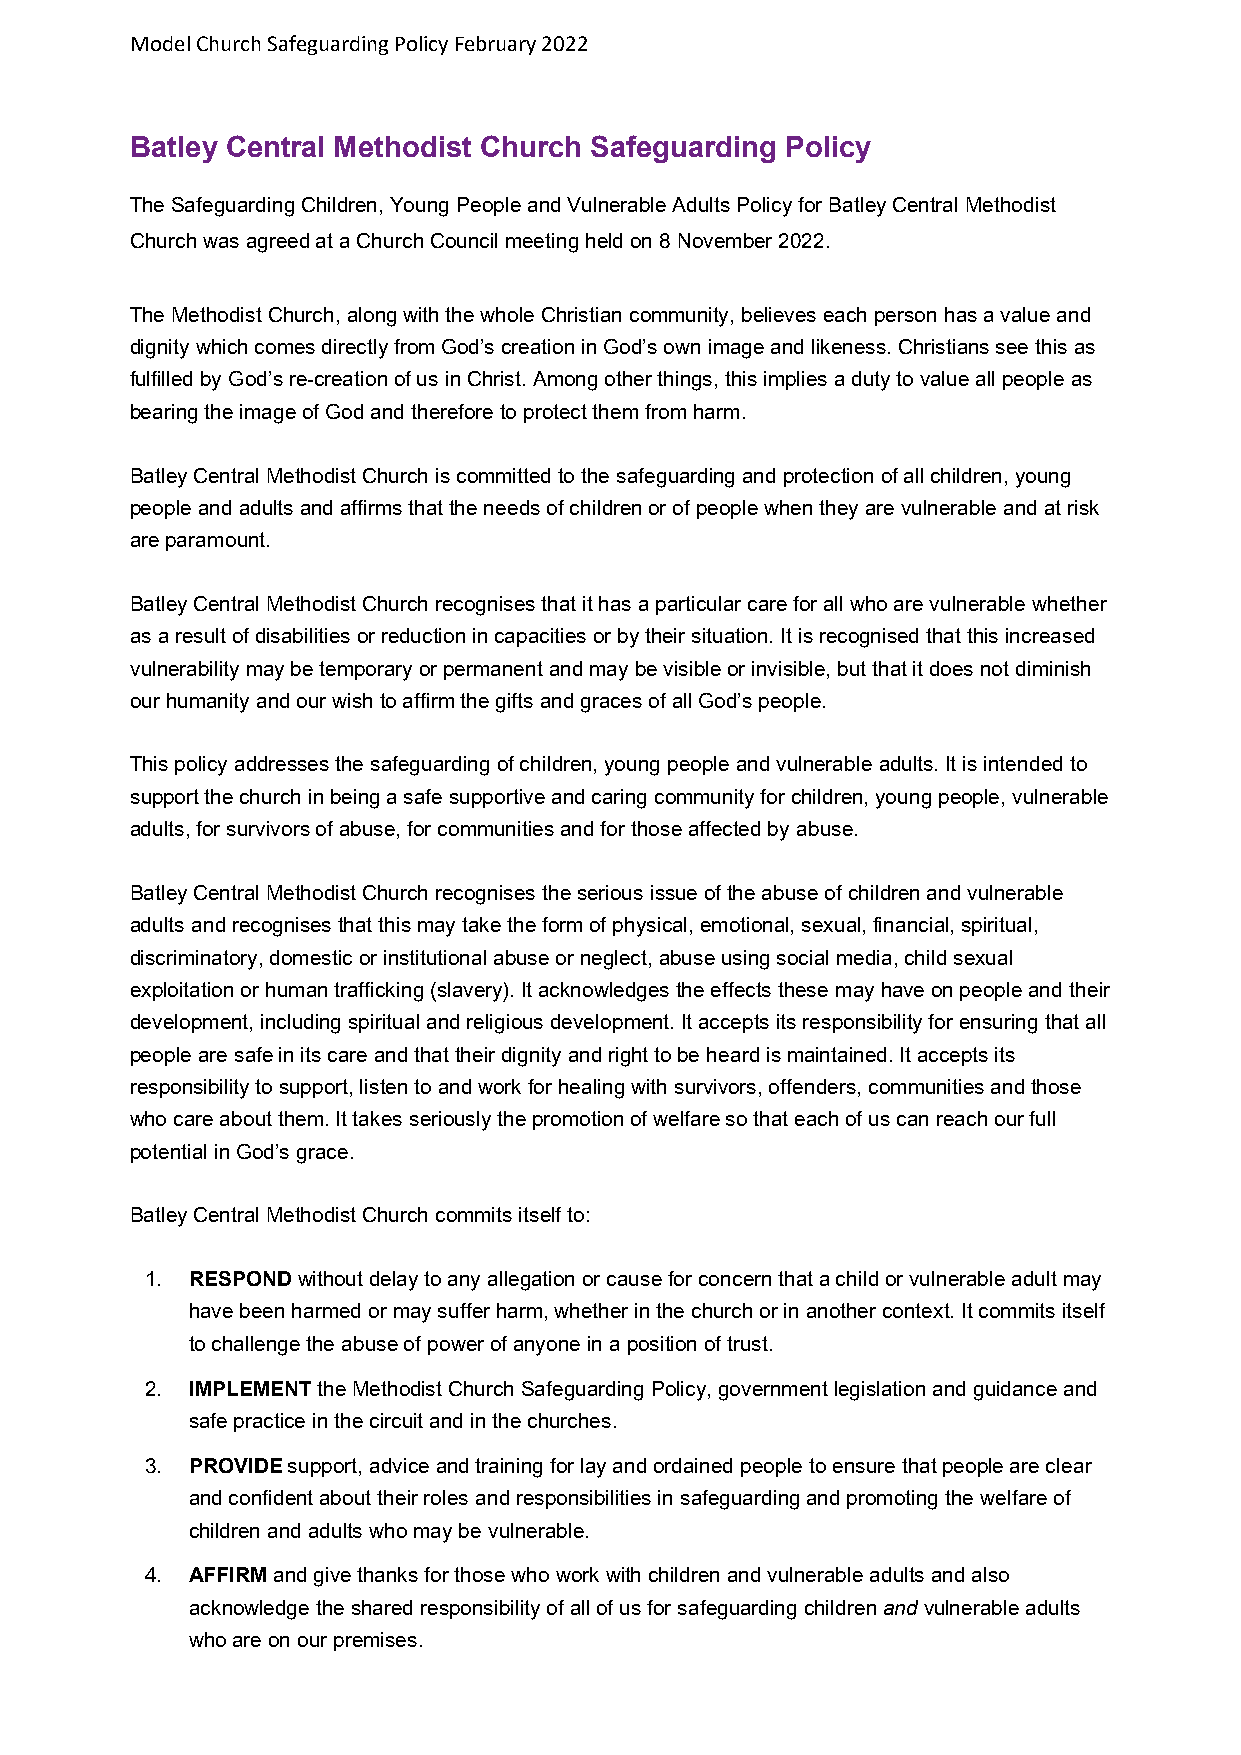
Model Church Safeguarding Policy February 2022
 Batley Central Methodist Church Safeguarding Policy
 The Safeguarding Children, Young People and Vulnerable Adults Policy for Batley Central Methodist
 Church was agreed at a Church Council meeting held on 8 November 2022.
 The Methodist Church, along with the whole Christian community, believes each person has a value and
 dignity which comes directly from God’s creation in God’s own image and likeness. Christians see this as
 fulfilled by God’s re-creation of us in Christ. Among other things, this implies a duty to value all people as
 bearing the image of God and therefore to protect them from harm.
 Batley Central Methodist Church is committed to the safeguarding and protection of all children, young
 people and adults and affirms that the needs of children or of people when they are vulnerable and at risk
 are paramount.
 Batley Central Methodist Church recognises that it has a particular care for all who are vulnerable whether
 as a result of disabilities or reduction in capacities or by their situation. It is recognised that this increased
 vulnerability may be temporary or permanent and may be visible or invisible, but that it does not diminish
 our humanity and our wish to affirm the gifts and graces of all God’s people.
 This policy addresses the safeguarding of children, young people and vulnerable adults. It is intended to
 support the church in being a safe supportive and caring community for children, young people, vulnerable
 adults, for survivors of abuse, for communities and for those affected by abuse.
 Batley Central Methodist Church recognises the serious issue of the abuse of children and vulnerable
 adults and recognises that this may take the form of physical, emotional, sexual, financial, spiritual,
 discriminatory, domestic or institutional abuse or neglect, abuse using social media, child sexual
 exploitation or human trafficking (slavery). It acknowledges the effects these may have on people and their
 development, including spiritual and religious development. It accepts its responsibility for ensuring that all
 people are safe in its care and that their dignity and right to be heard is maintained. It accepts its
 responsibility to support, listen to and work for healing with survivors, offenders, communities and those
 who care about them. It takes seriously the promotion of welfare so that each of us can reach our full
 potential in God’s grace.
 Batley Central Methodist Church commits itself to:
 1. RESPOND without delay to any allegation or cause for concern that a child or vulnerable adult may
 have been harmed or may suffer harm, whether in the church or in another context. It commits itself
 to challenge the abuse of power of anyone in a position of trust.
 2. IMPLEMENT the Methodist Church Safeguarding Policy, government legislation and guidance and
 safe practice in the circuit and in the churches.
 3. PROVIDE support, advice and training for lay and ordained people to ensure that people are clear
 and confident about their roles and responsibilities in safeguarding and promoting the welfare of
 children and adults who may be vulnerable.
 4. AFFIRM and give thanks for those who work with children and vulnerable adults and also
 acknowledge the shared responsibility of all of us for safeguarding children and vulnerable adults
 who are on our premises.